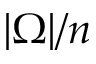
| \Omega | / n